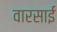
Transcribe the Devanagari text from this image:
वारसाई